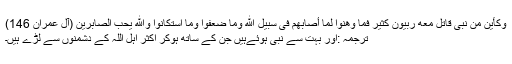
وَكَأَین مِّن نَّبِی قَاتَلَ مَعَهُ رِبِّیونَ كَثِیرٌ فَمَا وَهَنُواْ لِمَا أَصَابَهُمْ فِی سَبِیلِ اللّهِ وَمَا ضَعُفُواْ وَمَا اسْتَكَانُواْ وَاللّهُ یحِبُّ الصَّابِرِینَ (آل عمران 146)
ترجمہ :اور بہت سے نبی ہوئےہیں جن کے ساتھ ہوکر اکثر اہل اللہ کے دشمنوں سے لڑے ہیں۔